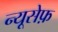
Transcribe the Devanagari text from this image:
न्यूसेफ़